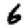
Digit: 6